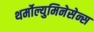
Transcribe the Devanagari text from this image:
थर्मोल्युमिनेसेन्स